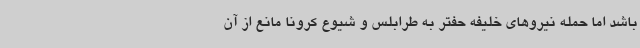
باشد اما حمله نیروهای خلیفه حفتر به طرابلس و شیوع کرونا مانع از آن